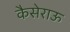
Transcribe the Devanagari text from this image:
कैसेराऊ